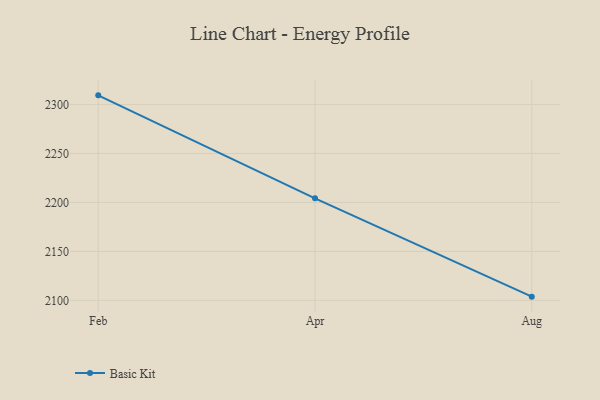
{"axis": {"x": "Month", "y": "Latency (ms)"}, "legend": ["Basic Kit"], "data": [{"x": "Feb", "y": 2309.3, "type": "Basic Kit"}, {"x": "Apr", "y": 2204.2, "type": "Basic Kit"}, {"x": "Aug", "y": 2103.8, "type": "Basic Kit"}]}